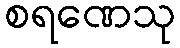
စရဏေသု